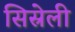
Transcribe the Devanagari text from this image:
सिस्रेली